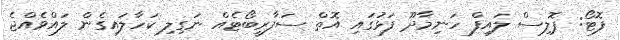
ފޮޓޯ: ޕޮލިސް ލައިފް ހަނިމާދޫ ފަޅުގައި އޮތް ސަފާރީބޯޓެއް ނަގިލި ކަހާލައިގެން ލައްވެއްޖެ